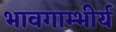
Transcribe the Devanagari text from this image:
भावगाम्भीर्य